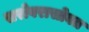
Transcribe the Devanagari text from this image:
सरोवरासोबत